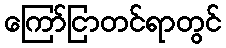
ကြော်ငြာတင်ရာတွင်